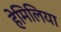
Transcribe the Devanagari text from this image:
हेमिलिया